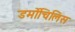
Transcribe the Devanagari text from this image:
डर्मोचिलिस